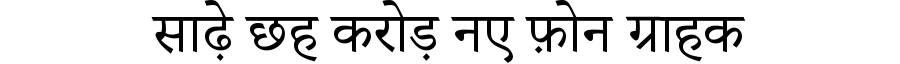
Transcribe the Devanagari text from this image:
साढ़े छह करोड़ नए फ़ोन ग्राहक